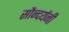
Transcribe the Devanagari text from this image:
सौन्दर्यनी